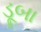
ડૂબા